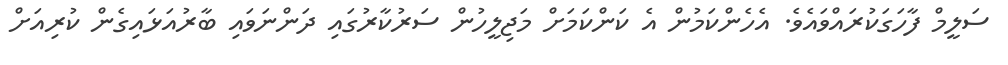
ސަލީމް ފާހަގަކުރައްވައެވެ. އެހެންކަމުން އެ ކަންކަމަށް މަޖިލީހުން ސަރުކާރުގައި ދަންނަވައި ބާރުއަޅައިގެން ކުރިއަށް